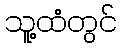
သူ့ထံတွင်